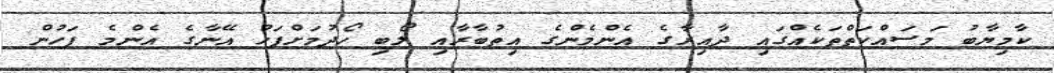
ކާމިޔާބު މަސައްކަތްތަކެއްގައި ދާއިރާގެ އެންމެންގެ އިތުބާރާއި ލޯބި ހޯދުމަށްފަހު އޭނާގެ އެންމެ ފަހުން